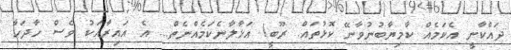
ދައްކާނީ އެކަމެއް ކާމިޔާބުނުވާނޭ ކޮޅުތައް. ރޫބީ! އަޅާލާނެކަމެއްނެތް... އެ އައިރާއަކު ވެސް ހާދަހާ